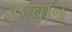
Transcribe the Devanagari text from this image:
तरवान्